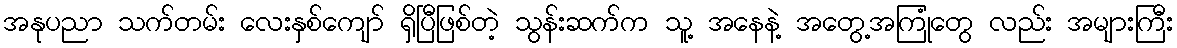
အနုပညာ သက်တမ်း လေးနှစ်ကျော် ရှိပြီဖြစ်တဲ့ သွန်းဆက်က သူ့ အနေနဲ့ အတွေ့အကြုံတွေ လည်း အများကြီး